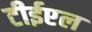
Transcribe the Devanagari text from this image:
टीईएल